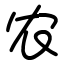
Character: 农